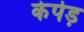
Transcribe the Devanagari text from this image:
केपेड़